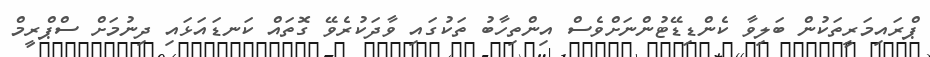
ޕްރައިމަރީތަކުން ބަލިވާ ކެންޑިޑޭޓުންނަށްވެސް އިންތިހާބު ތަކުގައި ވާދަކުރެވޭ ގޮތައް ކަނޑައަޅައި ދިނުމަށް ސްޕްރީމް